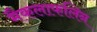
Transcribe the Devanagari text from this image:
मैकलाफलिन